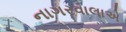
નાગરવાલાએ